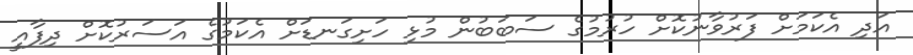
އަދި އެކަމަށް ފަރުވާނުކޮށް ހުރުމުގެ ސަބަބުން މުޅި ހަށިގަނޑަށް އެކަމުގެ އަސަރުކޮށް ދިފާއީ